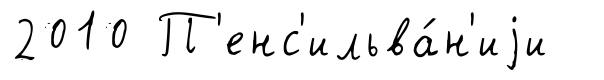
2010 П'енс'ильва́н'иjи